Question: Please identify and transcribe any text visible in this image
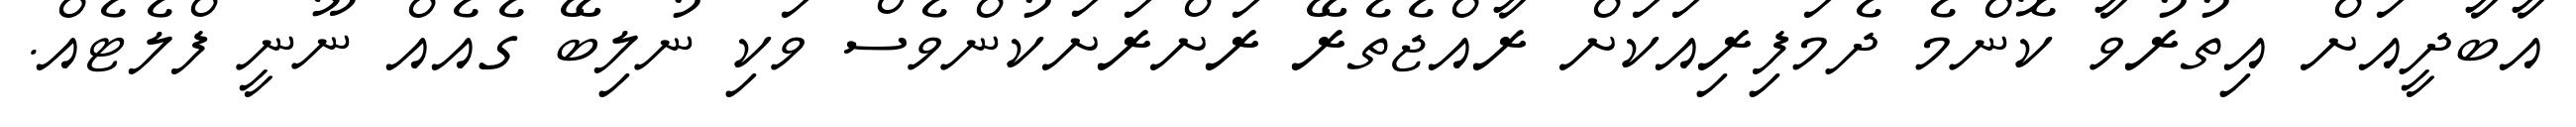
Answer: އާބާދީއަށް އިތުރުވާ ކޮންމެ ދެމަފިރިއަކަށް ރާއްޖެތެރޭ ރަށްރަށަކުންވެސް ވަކި ނުލިބޭ ގެއެއް ނޫނީ ފްލެޓެއް.